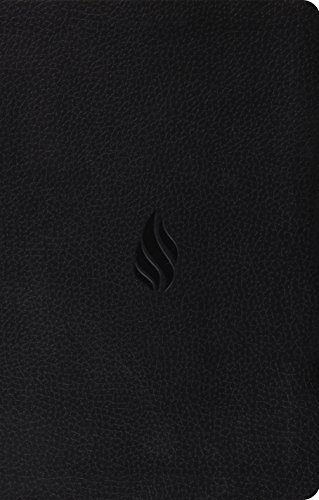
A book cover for ESV Value Thinline Bible (TruTone, Midnight, Flame Design); ESV Bibles by Crossway; Christian Books & Bibles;